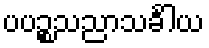
ပပဉ္စသညာသင်္ခါယ